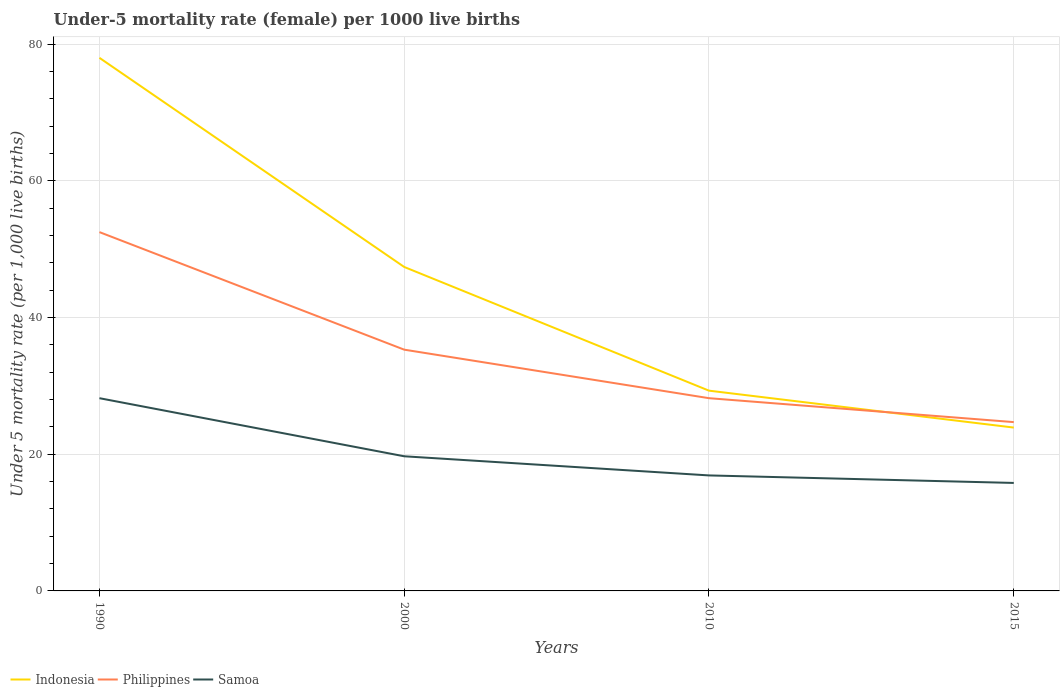
| Years | Indonesia | Philippines | Samoa |
 | --- | --- | --- | --- |
 | 1990 | 78 | 52.5 | 28.2 |
 | 2000 | 47.4 | 35.3 | 19.7 |
 | 2010 | 29.3 | 28.2 | 16.9 |
 | 2015 | 23.9 | 24.7 | 15.8 |